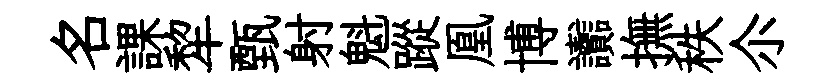
名課犂甄射魁蹤凰博讟撫秩尒